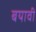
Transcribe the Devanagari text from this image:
बयावी